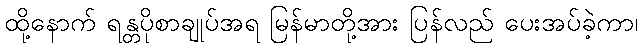
ထို့နောက် ရန္တပိုစာချုပ်အရ မြန်မာတို့အား ပြန်လည် ပေးအပ်ခဲ့ကာ၊